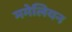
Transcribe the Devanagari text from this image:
ममेलियन